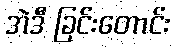
အဲဒီ ခြင်းတောင်း